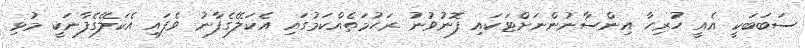
ސަބަބަކީ އެއީ ހުރިހާ އިންސާނުންނަށްޓަކައި ފޮނުވުނު ރަޙުމަތެއްކަމުގައި އެކަލޭގެފާނު ވެފައި އެކަލޭގެފާނަކީ މުޅި